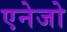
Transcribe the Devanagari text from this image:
एनेजो